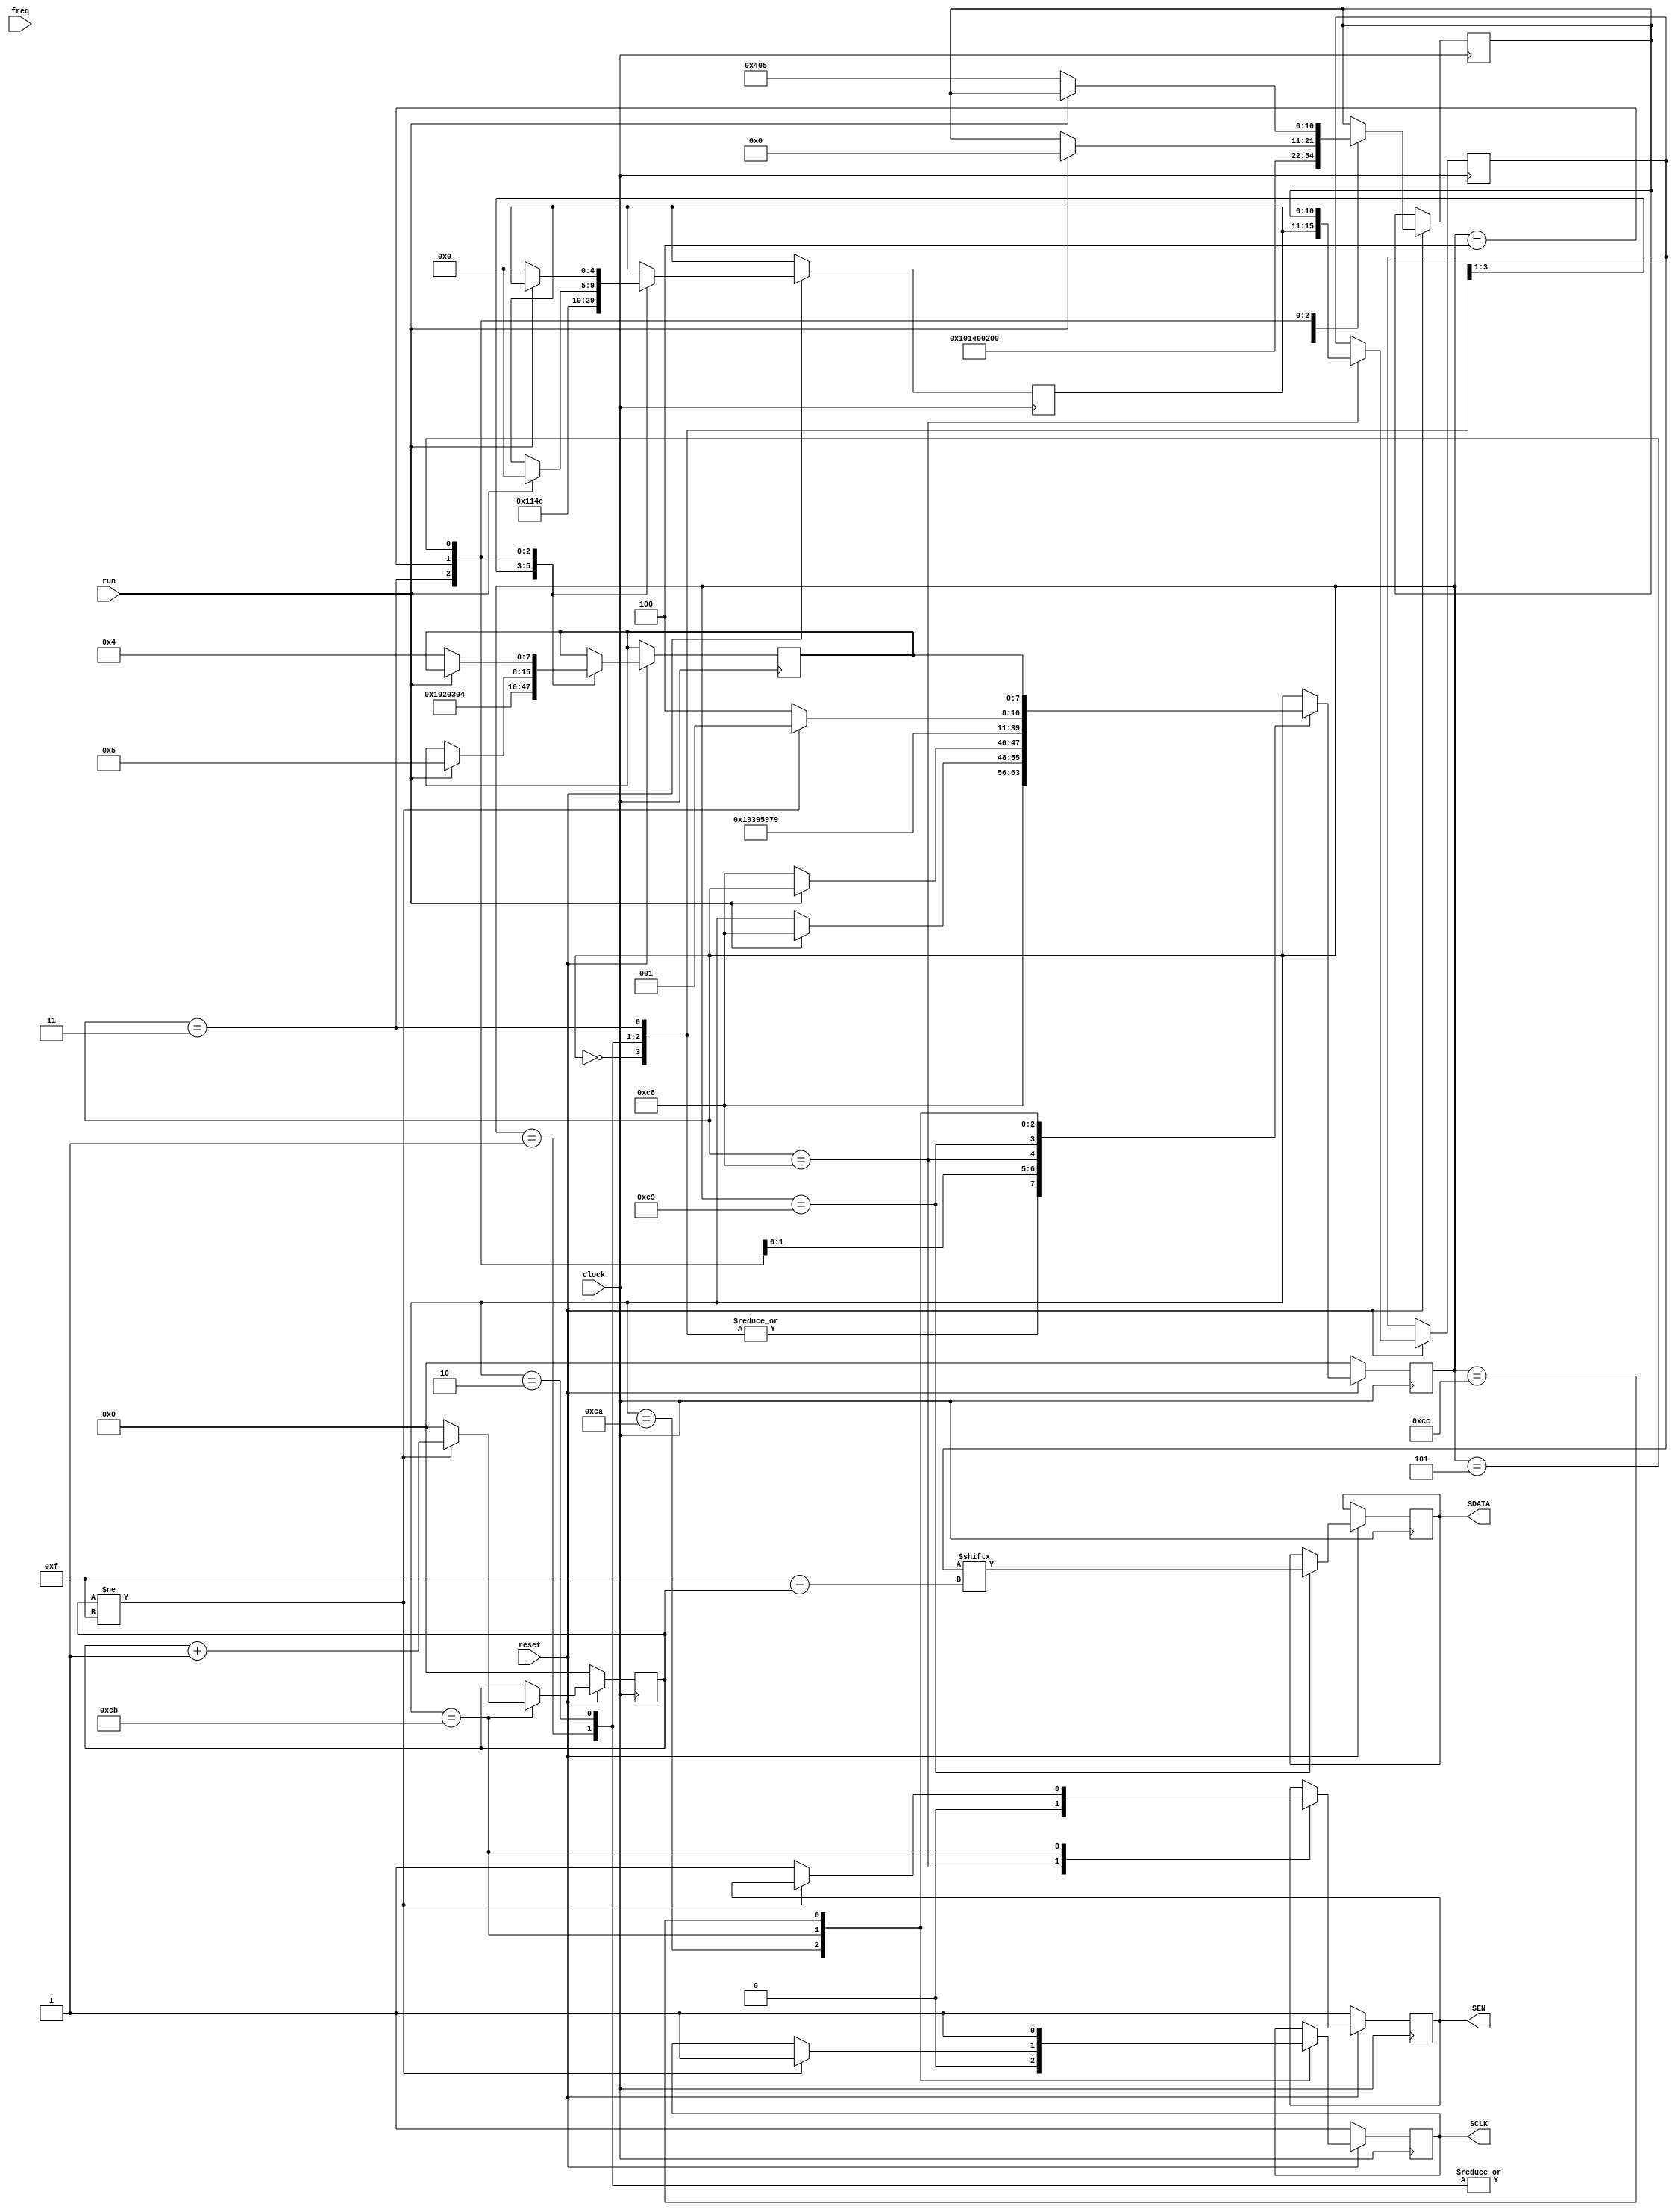
// SPI master

module adc_init (
   input clock,
	input reset,
	input run,
	output reg SCLK,
	output reg SDATA,
	output reg SEN,
	input[15:0] freq
	);
		
	
	// state mashine for initial
	reg [7:0] state, return_state;
	reg [4:0] address;
	reg [10:0] data;
	reg [15:0] word;
	reg [7:0] bit_cnt;
	//
	//wire gain; // Coarse gain 0-3.5dB or 2Vpp - 1.34Vpp maximum range
	wire [2:0] fine_gain = 3'd2; // fain gain 0 - 6 dB
	//							  
	always @(posedge clock)
	begin
	   if (!reset)
		begin
		   state <= 0;
			bit_cnt <= 0;
			SEN <= 1;
			SCLK <= 1;
		end
	   else
	   case (state)	
	   0: begin  // shutdown
		      address <= 5'h00;
				data <= 11'b100_0000_0101;
				return_state <= 1;
				state <= 200;
			end	
	   1: begin
		      address <= 5'h04;
				data <= 11'b00_0000_00000;
				return_state <= 2;
				state <= 200;
			end	
	   2: begin
		      address <= 5'h0A;
				data <= 11'b0_00_000_00000;
				return_state <= 3;
				state <= 200;
			end	
	   3: begin
		      address <= 5'h0C;
				data <= {fine_gain, 8'b0}; // fine gain setting
				return_state <= 4;
				state <= 200;
			end
		4: if (run)
	      begin
			   address <= 5'h00;
		      data <= 11'd0;
				return_state <= 5;
				state <= 200;
			end
		5: if(!run)// working loop
		   begin
			   address <= 5'h00;
				data <= 11'b100_0000_0101;// shutdown
				return_state <= 4;
				state <= 200;  
			end
			
		
		
	 200:	begin word <= {address, data}; SEN <= 0; state <= 201; end
	 201: begin SDATA <= word[15 - bit_cnt]; state <= 202; end
	 202: begin SCLK <= 0; state <= 203; end
	 203: if (bit_cnt != 15) begin bit_cnt <= bit_cnt +1'd1; SCLK <= 1; state <= 201; end
	      else begin bit_cnt <= 0; SEN <= 1; state <= 204; end
	 204: begin SCLK <= 1; state <= return_state; end		
	   endcase	
	
	end
   
	//

	
	
endmodule